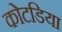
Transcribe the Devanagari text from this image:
कोटडिया